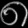
Digit: ၈